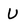
Character: U